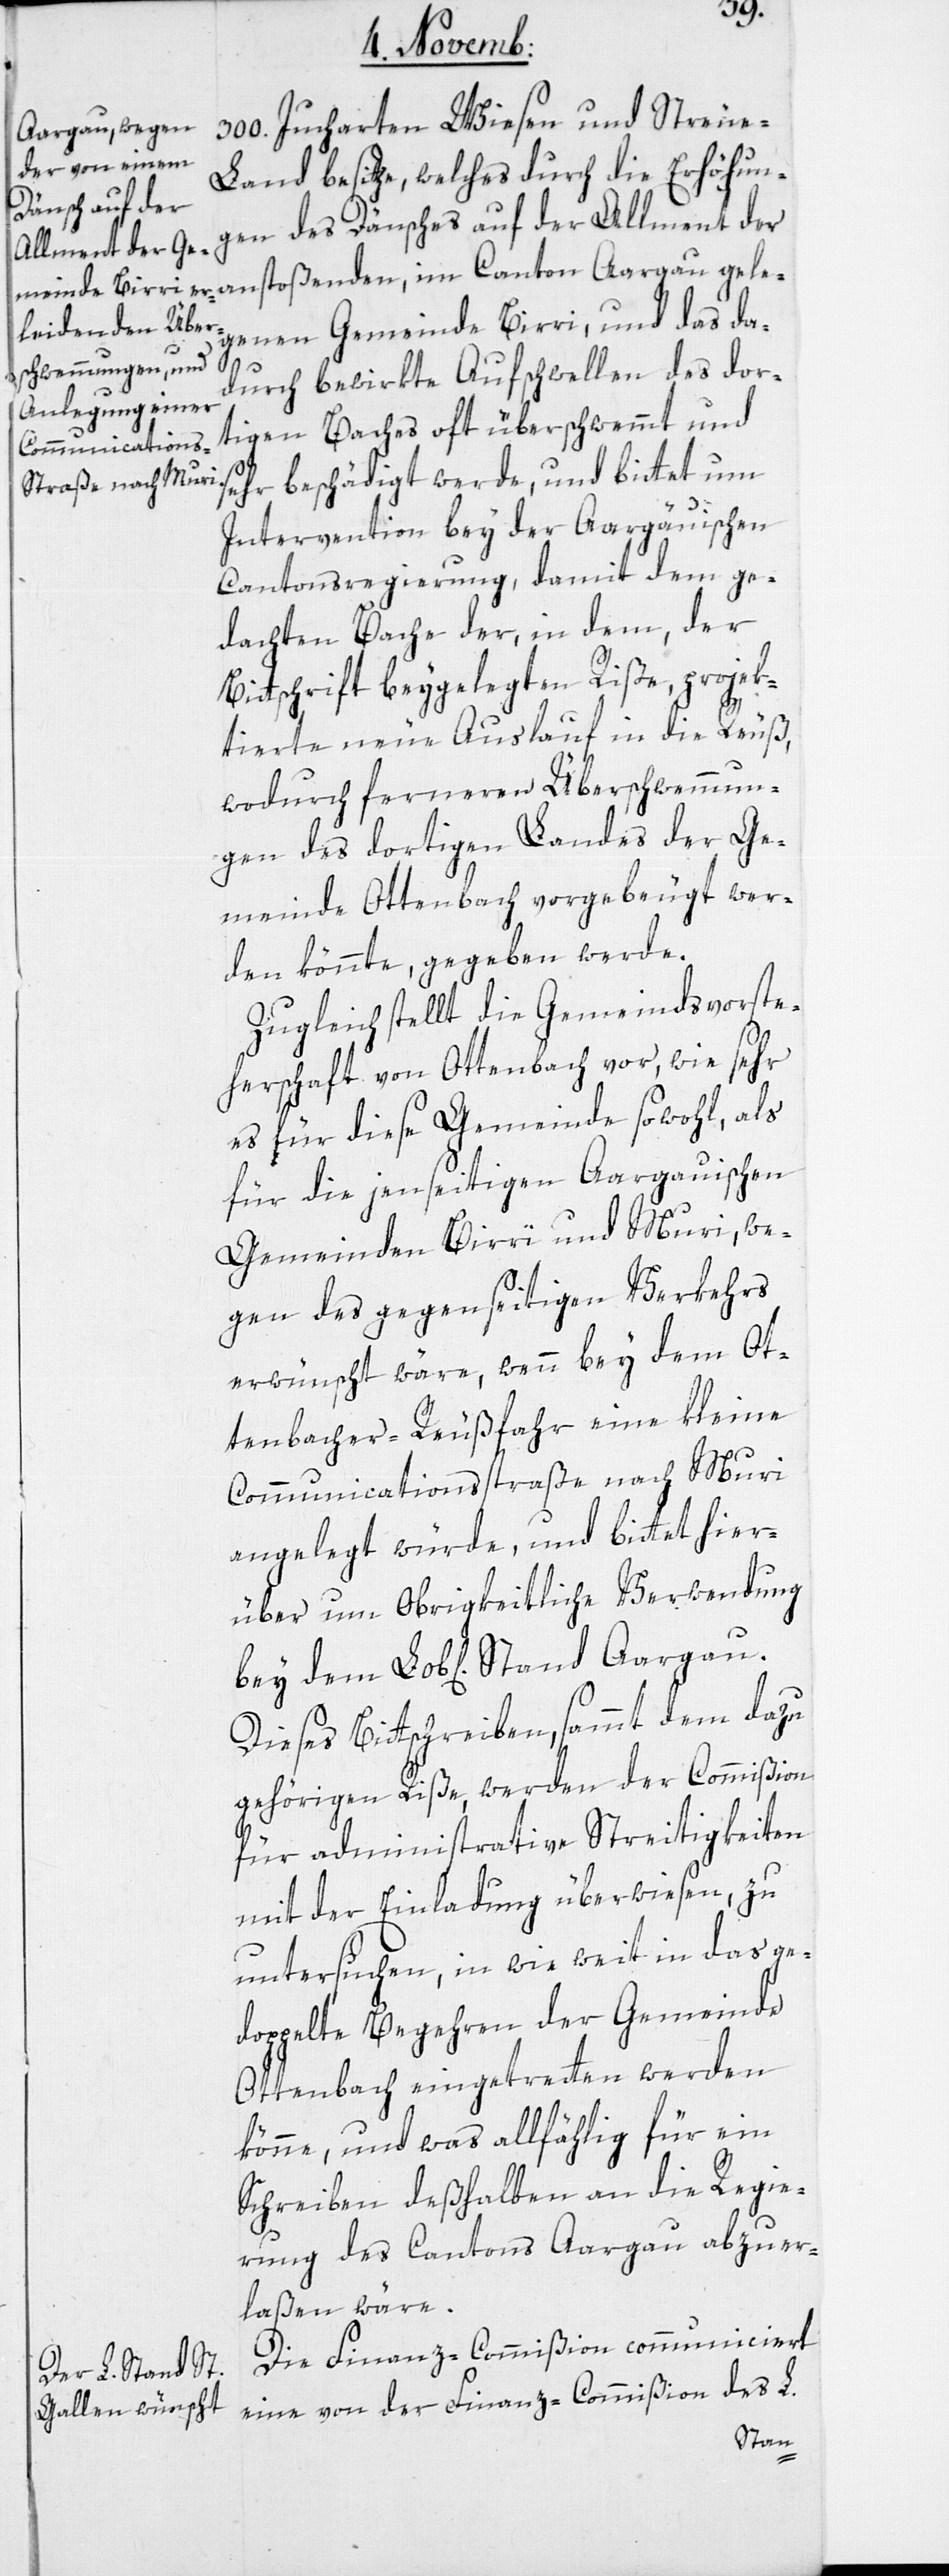
300. Jucharten Wiesen und Streue¬
land besitze, welches durch die Erhöhun¬
gen des Dänsches auf der Allment der
anstoßenden, im Canton Aargau gele¬
genen Gemeinde Birri, und das da¬
dem
durch bewirkte Aufschwellen des dor¬
tigen Baches oft überschwemmt und
chaft
sehr beschädiget werde, und bittet um
Intervention bey der Aargauischen
Cantonsregierung, damit dem ge¬
dachten Bache der, in dem, der
Bittschrift beygelegten Riße, projek¬
tierte neue Auslauf in die Reuß,
wodurch ferneren Überschwemmun¬
gen des dortigen Landes der Ge¬
meinde Ottenbach vorgebeugt wer¬
den könnte, gegeben werde.
Zugleich stellt die Gemeindsvorste¬
es für diese Gemeinde sowohl, als
für die jenseitigen Aargauischen
Gemeinden Birri und Muri, we¬
gen des gegenseitigen Verkehrs
erwünscht wäre, wenn bey dem Ot¬
tenbacher-Reußfahr eine kleine
Communications-Straße nach Muri
angelegt würde, und bittet hier¬
über um Obrigkeitliche Verwendung
Dieses Bittschreiben sammt dem dazu
gehörigen Riße, werden der Commißion
für administrative Streitigkeiten
mit der Einladung überwiesen, zu
untersuchen, in wie weit in das ge¬
doppelte Begehren der Gemeinde
Ottenbach eingetreten werden
könne, und was allfählig für ein
Schreiben deßhalben an die Regie¬
rung des Cantons Aargau abzuer¬
laßen wäre.
Die Finanz-Commißion communiciert
eine von der Finanz-Commißion des L.
Stand